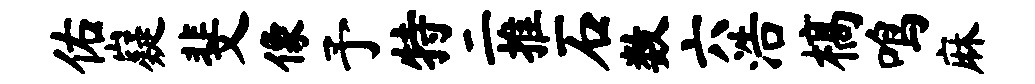
佑嶷斐像予特二推石数六浩槁鸣麻